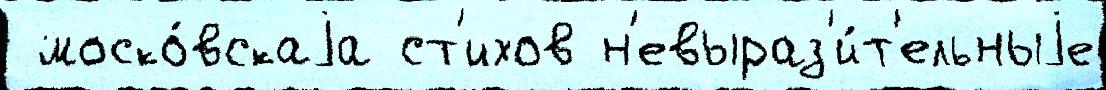
 моско́вскаjа ст'ихов н'евыраз'и́т'ельныjе